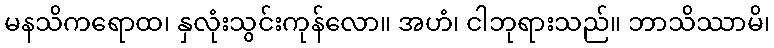
မနသိကရောထ၊ နှလုံးသွင်းကုန်လော။ အဟံ၊ ငါဘုရားသည်။ ဘာသိဿာမိ၊